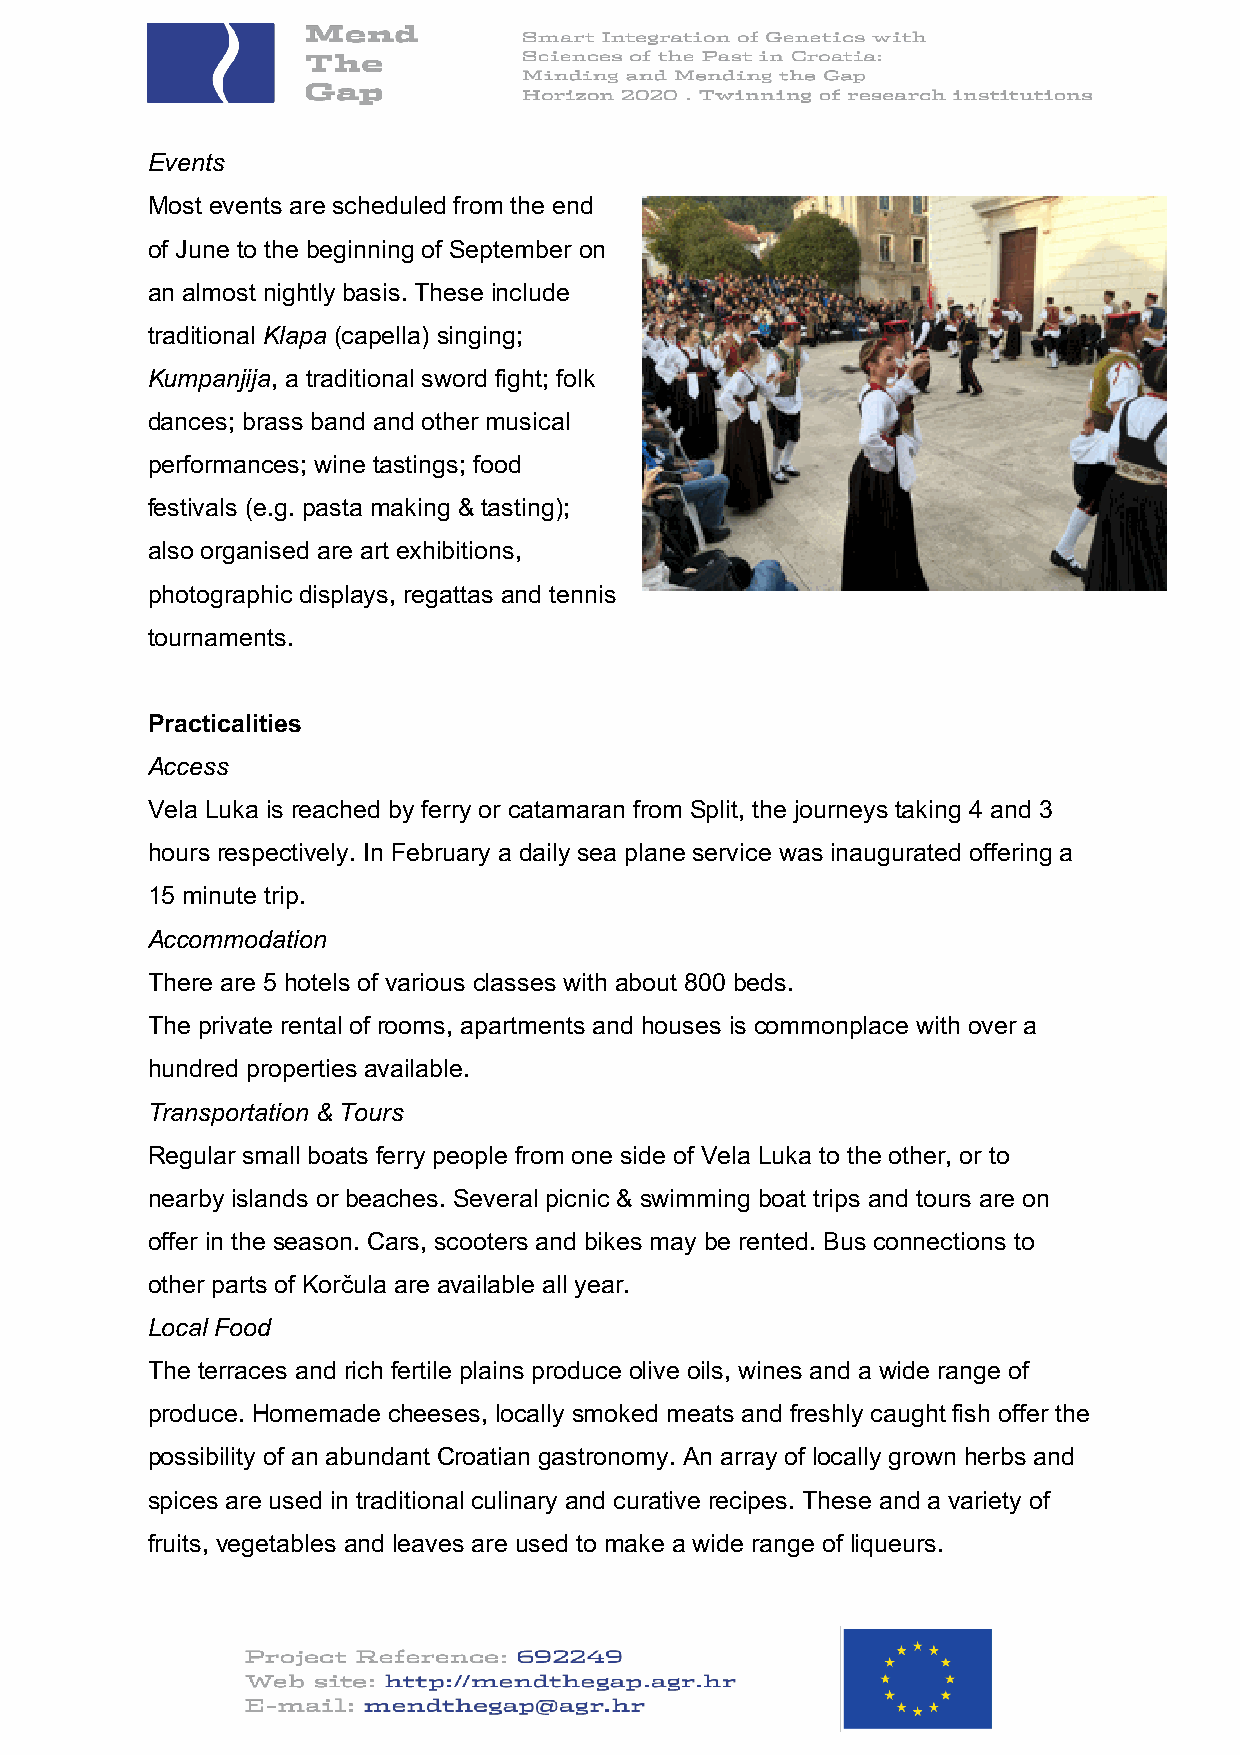
Events
 Most events are scheduled from the end
 of June to the beginning of September on
 an almost nightly basis. These include
 traditional Klapa (capella) singing;
 Kumpanjija, a traditional sword fight; folk
 dances; brass band and other musical
 performances; wine tastings; food
 festivals (e.g. pasta making & tasting);
 also organised are art exhibitions,
 photographic displays, regattas and tennis
 tournaments.
 Practicalities
 Access
 Vela Luka is reached by ferry or catamaran from Split, the journeys taking 4 and 3
 hours respectively. In February a daily sea plane service was inaugurated offering a
 15 minute trip.
 Accommodation
 There are 5 hotels of various classes with about 800 beds.
 The private rental of rooms, apartments and houses is commonplace with over a
 hundred properties available.
 Transportation & Tours
 Regular small boats ferry people from one side of Vela Luka to the other, or to
 nearby islands or beaches. Several picnic & swimming boat trips and tours are on
 offer in the season. Cars, scooters and bikes may be rented. Bus connections to
 other parts of Korčula are available all year.
 Local Food
 The terraces and rich fertile plains produce olive oils, wines and a wide range of
 produce. Homemade cheeses, locally smoked meats and freshly caught fish offer the
 possibility of an abundant Croatian gastronomy. An array of locally grown herbs and
 spices are used in traditional culinary and curative recipes. These and a variety of
 fruits, vegetables and leaves are used to make a wide range of liqueurs.